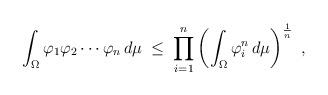
LaTeX: \begin{align*} \int_\Omega \varphi_1\varphi_2\cdots \varphi_n\,d\mu \;\leq\; \prod_{i=1}^{n} \left(\int_{\Omega} \varphi_i^n\,d\mu\right)^{\frac{1}{n}}\ ,\end{align*}